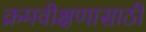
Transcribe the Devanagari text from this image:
क्रमवीक्षणासाठी